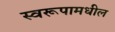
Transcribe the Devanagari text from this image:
स्वरूपामधील